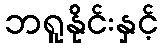
ဘရူနိုင်းနှင့်